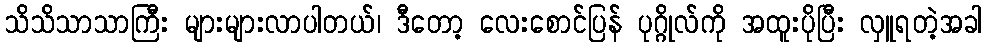
သိသိသာသာကြီး များများလာပါတယ်၊ ဒီတော့ လေးစောင်ပြန် ပုဂ္ဂိုလ်ကို အထူးပိုပြီး လှူရတဲ့အခါ